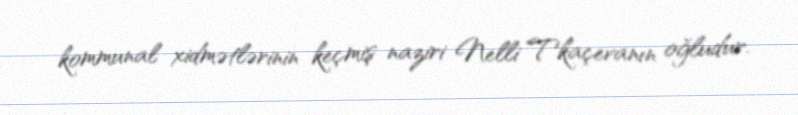
kommunal xidmətlərinin keçmiş naziri Nelli Tkaçevanın oğludur.